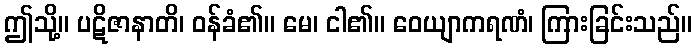
ဤသို့။ ပဋိဇာနာတိ၊ ဝန်ခံ၏။ မေ၊ ငါ၏။ ဝေယျာကရဏံ၊ ကြားခြင်းသည်။